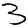
Digit: 3